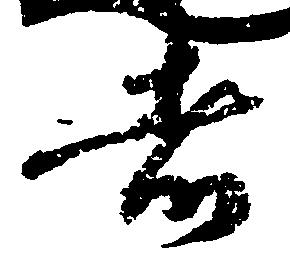
者